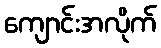
ကျောင်းအလိုက်